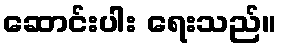
ဆောင်းပါး ရေးသည်။